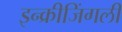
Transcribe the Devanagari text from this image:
इन्क्रीजिंगली